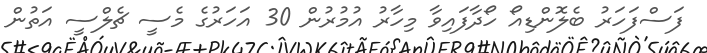
ފަސްފަހަރު ބެލޮންޑިއޯ ހޯދާފައިވާ މިހާރު އުމުރުން 30 އަހަރުގެ މެސީ ޗެލްސީ އަތުން